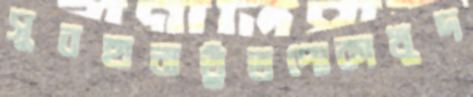
সুবহানাতুঁতপোকাখুদ